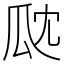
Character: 㼉